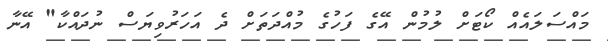
މައްސަލައެއް ކޯޓަށް ލުމުން އޭގެ ފަހުގެ މުއްދަތަށް ދެ އަހަރުވިޔަސް ނުދައްކާ" އޭނާ